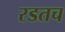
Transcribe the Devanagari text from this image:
रडतच